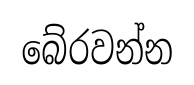
බේරවන්න